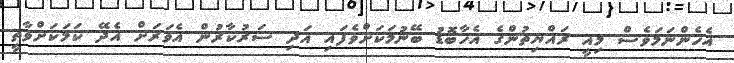
އެހެންނަމަވެސް މިއީ ރައްޔިތުންގެ އެހާބޮޑު ބޭނުމަކަށްވެފައި އަދި ސަރުކާރުން އެވަރަށް އެދޭ ކަމަކަށްވާތީ